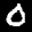
Label: 0